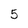
Character: 5